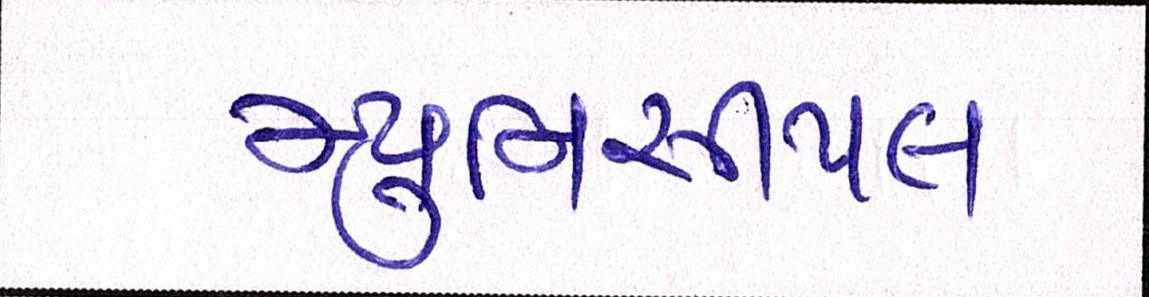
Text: મ્યુનિસીપલ